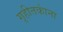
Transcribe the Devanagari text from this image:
गृहीतकांना